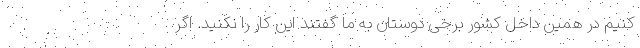
کنیم در همین داخل کشور برخی دوستان به ما گفتند این کار را نکنید. اگر